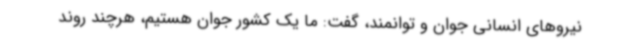
نیروهای انسانی جوان و توانمند، گفت: ما یک کشور جوان هستیم، هرچند روند